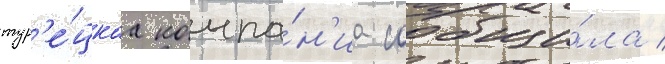
тур'е́цкаа компа́н'иа сообщи́ла /